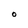
Character: O